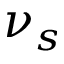
\nu _ { s }